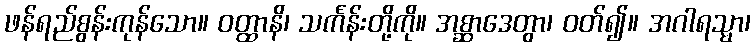
ဖန်ရည်စွန်းကုန်သော။ ဝတ္ထာနိ၊ သင်္ကန်းတို့ကို။ အစ္ဆာဒေတွာ၊ ဝတ်၍။ အဂါရသ္မာ၊